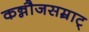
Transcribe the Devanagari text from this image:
कन्नौजसम्राट्